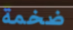
ضخمة